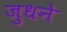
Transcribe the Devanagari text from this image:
जुधने